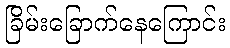
ခြိမ်းခြောက်နေကြောင်း